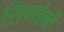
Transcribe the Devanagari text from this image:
सिगोर्ने